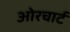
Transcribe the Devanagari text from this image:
ओरचार्ट